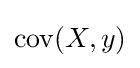
\operatorname {cov} (X,y)